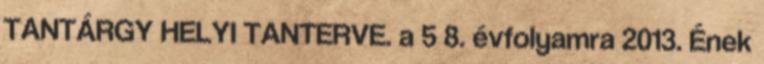
TANTÁRGY HELYI TANTERVE. a 5 8. évfolyamra 2013. Ének